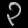
Digit: ၃